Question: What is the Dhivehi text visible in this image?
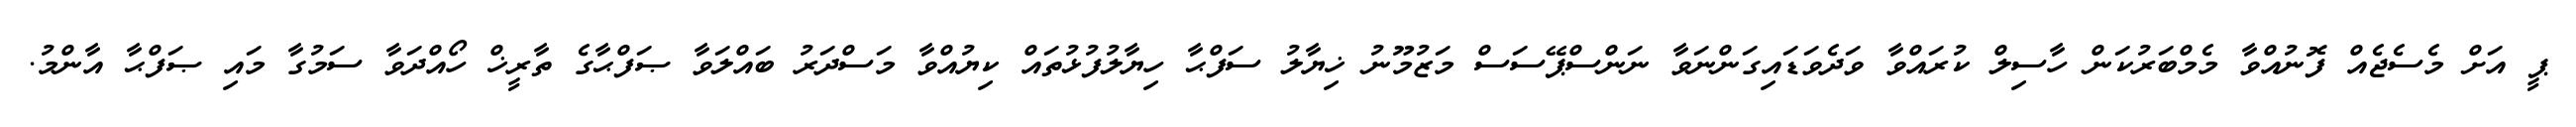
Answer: ޕީ އަށް މެސެޖެއް ފޮނުއްވާ މެމްބަރުކަން ހާސިލް ކުރައްވާ ވަދެވަޑައިގަންނަވާ ނަންސްޕޭސަސް މަޒުމޫނު ޚިޔާލު ސަފްޙާ ހިޔާލުފުޅުތައް ކިޔުއްވާ މަސްދަރު ބައްލަވާ ޞަފްޙާގެ ތާރީޚް ހޯއްދަވާ ސަމުގާ މައި ޞަފްޙާ އާންމު.